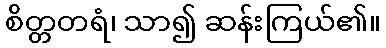
စိတ္တတရံ၊ သာ၍ ဆန်းကြယ်၏။